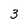
Character: 3